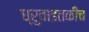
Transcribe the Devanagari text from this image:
ध्रुवाइतकीच